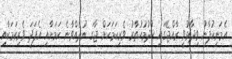
އެމަނިކުފާނު ވިދާޅުވީ ރާއްޖޭގައި ޚުދުމުހުތާރު ވެރިކަމަކަށް ޖާގަ ނުދެއްވާނެ ކަމަށާއި އެފަދަ ވެރިކަމަކާއި